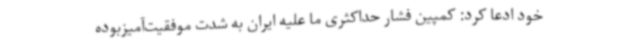
خود ادعا کرد: کمپین فشار حداکثری ما علیه ایران به شدت موفقیت‌آمیزبوده